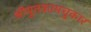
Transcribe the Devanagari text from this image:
श्रीयुतकामचुकार